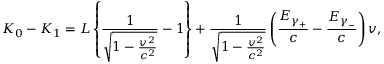
K _ { 0 } - K _ { 1 } = L \left\{ \frac { 1 } { \sqrt { 1 - \frac { v ^ { 2 } } { c ^ { 2 } } } } - 1 \right\} + \frac { 1 } { \sqrt { 1 - \frac { v ^ { 2 } } { c ^ { 2 } } } } \left( \frac { E _ { \gamma _ { + } } } c - \frac { E _ { \gamma _ { - } } } c \right) v ,